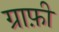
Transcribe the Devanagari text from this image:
ग्राफ़ी